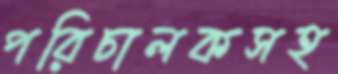
পরিচালকসহ